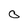
Character: 0